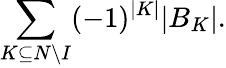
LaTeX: \sum_{K\subseteq N\setminus I}(-1)^{|K|}|B_{K}|.